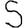
Digit: 5